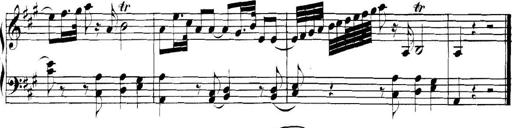
Title: Collected Piano Sonatas
Composer: Muzio Clementi